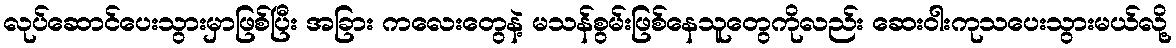
လုပ်ဆောင်ပေးသွားမှာဖြစ်ပြီး အခြား ကလေးတွေနဲ့ မသန်စွမ်းဖြစ်နေသူတွေကိုလည်း ဆေးဝါးကုသပေးသွားမယ်လို့